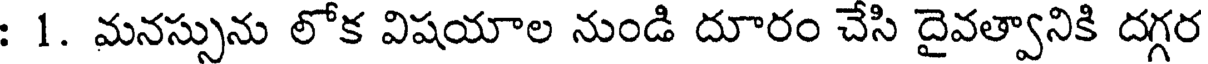
: 1. మనస్సును లోక విషయాల నుండి దూరం చేసి దైవత్వానికి దగ్గర